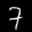
Label: 7